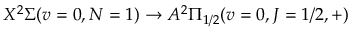
X ^ { 2 } \Sigma ( v = 0 , N = 1 ) \rightarrow A ^ { 2 } \Pi _ { 1 / 2 } ( v = 0 , J = 1 / 2 , + )